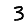
Digit: 3